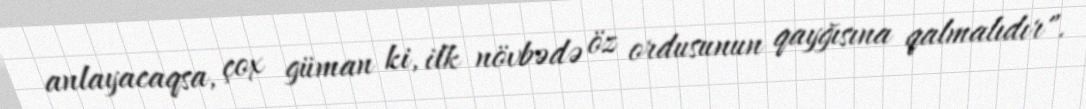
anlayacaqsa, çox güman ki, ilk növbədə öz ordusunun qayğısına qalmalıdır".